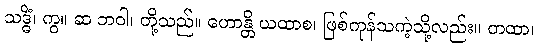
သဒ္ဓိံ၊ ကွ။ ဆ ဘဝါ၊ တို့သည်။ ဟောန္တိ ယထာစ၊ ဖြစ်ကုန်သကဲ့သို့လည်း။ တထာ၊